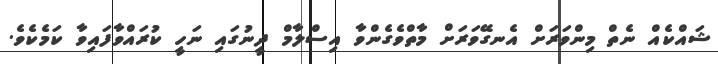
ޝައްކެއް ނެތް މިންވަރަށް އެނގޭވަރަށް މާތްވެގެންވާ އިސްލާމް ދީނުގައި ނަހީ ކުރައްވާފައިވާ ކަމެކެވެ.